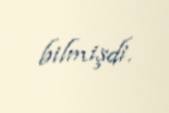
bilmişdi.